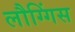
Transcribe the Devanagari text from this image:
लौग्गिंस